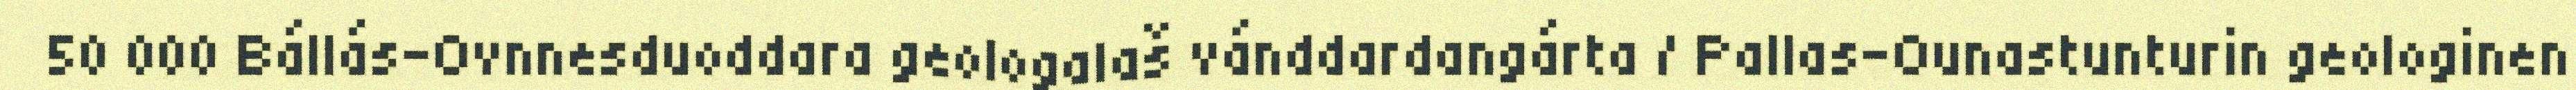
50 000 Bállás-Ovnnesduoddara geologalaš vánddardangárta / Pallas-Ounastunturin geologinen